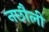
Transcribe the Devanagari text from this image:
नछौली